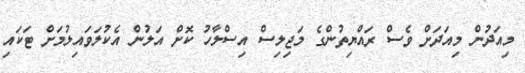
މިއަދުން މިއަދަށް ވެސް ރައްޔިތުންގެ މަޖިލިސް އިސްލާހު ކޮށް އަލުން އެކުލަވައިލުމަށް ޓަކައި